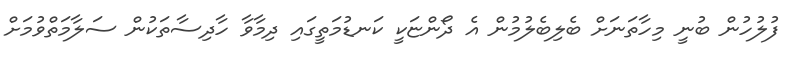
ފުލުހުން ބުނީ މިހާތަނަށް ބެލިބެލުމުން އެ ދޯންޏަކީ ކަނޑުމަތީގައި ދިމާވާ ހާދިސާތަކުން ސަލާމަތްވުމަށް